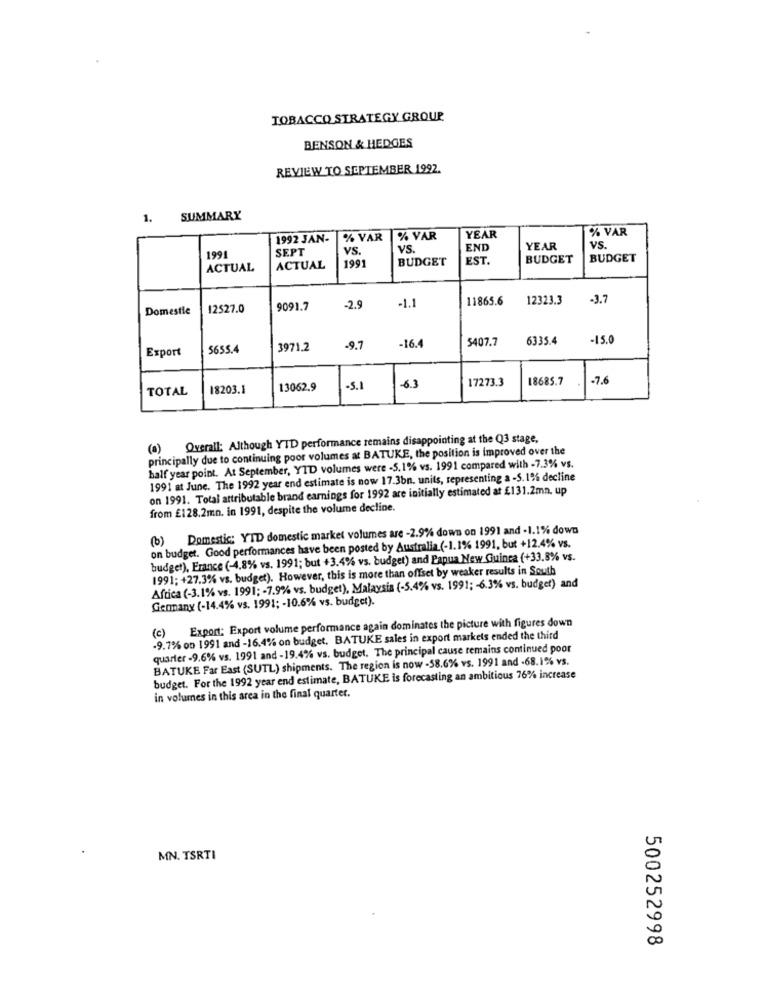
TOBACCO STRATEGY GROUP
BENSON & HEDGES
REVIEW TO SEPTEMBER 1992.
1. SUMMARY
% VAR
1992 JAN-
% VAR
% VAR
YEAR
1991
SEPT
VS.
VS.
END
YEAR
VS.
1991
BUDGET
EST.
BUDGET
BUDGET
ACTUAL
ACTUAL
11865.6
12323.3
-3.7
Domestic
12527.0
9091.7
-2.9
-1.1
5407.7
6335.4
-15.0
Export
5655.4
3971.2
-9.7
-16.4
17273.3
18685.7
-7.6
TOTAL
18203.1
13062.9
-5.1
63
(a) Overall: Although YTD performance remains disappointing at the Q3 stage,
principally due to continuing poor volumes at BATUKE, the position is improved over the
half year point. At September, YTD volumes were -5.1% vs. 1991 compared with -7.3% vs.
1991 at June. The 1992 year end estimate is now 17.3bn. units, representing a -5.1% decline
on 1991. Total attributable brand earnings for 1992 are initially estimated at £131.2ma. up
from £128.2mn. in 1991, despite the volume decline.
Domestic: YTD domestic market volumes are -2.9% down on 1991 and -1.1% down
(2)
on budget. Good performances have been posted by Australia.(-1.1% 1991, but +12.4% vs.
budget), France (-4,8% vs. 1991; but +3.4% vs. budget) and Papua New Guinea (+33.8% vs.
1991; +27.3% vs. budget). However, this is more than offset by weaker results in South
Africa (-3.1% vs. 1991; - 7.9% vs. budget), Malaysia (-5.4% vs. 1991; - 6.3% vs. budget) and
Germany (-14.4% vs. 1991; - 10.6% vs. budget).
(c) Export: Export volume performance again dominates the picture with figures down
-9.7% on 1991 and -16.4% on budget, BATUKE sales in export markets ended the third
quarter -9.6% vs. 1991 and - 19.4% vs. budget. The principal cause remains continued poor
BATUKE Far East (SUTL) shipments. The region is now -58.6% vs. 1991 and -68.1% vs.
budget. For the 1992 year end estimate, BATUKE is forecasting an ambitious 76% increase
in volumes in this area in the final quarter.
MN. TSRTI
500252998